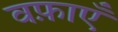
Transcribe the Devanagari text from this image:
वफ़ाएँ